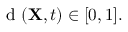
\mathrm { ~ d ~ } ( { \bf X } , t ) \in [ 0 , 1 ] .